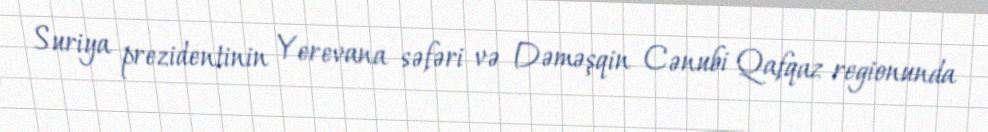
Suriya prezidentinin Yerevana səfəri və Dəməşqin Cənubi Qafqaz regionunda